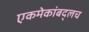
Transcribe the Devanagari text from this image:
एकमेकांबद्लच